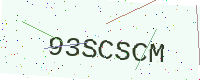
Text: 93SCSCM